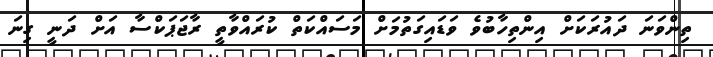
ތިންވަނަ ދައުރަކަށް އިންތިހާބުވެ ވަޑައިގަތުމަށް މަސައްކަތް ކުރައްވާތީ ރާޖަޕަކްސާ އަށް ދަނީ ގިނަ